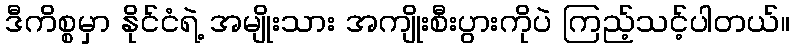
ဒီကိစ္စမှာ နိုင်ငံရဲ့ အမျိုးသား အကျိုးစီးပွားကိုပဲ ကြည့်သင့်ပါတယ်။